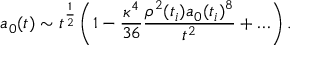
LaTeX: a _ { 0 } ( t ) \sim t ^ { \frac { 1 } { 2 } } \left( 1 - \frac { \kappa ^ { 4 } } { 3 6 } \frac { \rho ^ { 2 } ( t _ { i } ) a _ { 0 } ( t _ { i } ) ^ { 8 } } { t ^ { 2 } } + \ldots \right) .